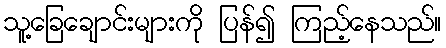
သူ့ခြေချောင်းများကို ပြန်၍ ကြည့်နေသည်။